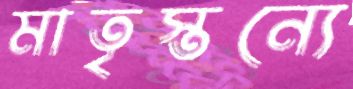
মাতৃস্তন্যে